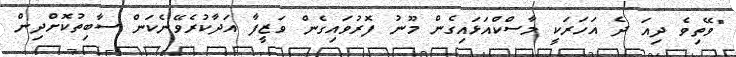
"ވޭތިވެ ދިއަ ދެ އަހަރަކީ މާސްކްއަޅައިގެން މޫނު ފޮރުވައިގެން ވަޒީފާ އަދާކުރެވޭނެކަން ސާބިތުކޮށްދިން